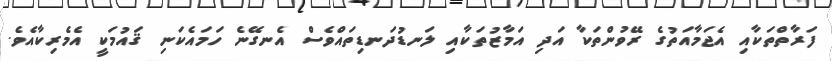
ފަރާތްތަކާއި އެޖަމާއަތުގެ ރޭވުންތަކާ އަދި އަމާޒުތަކާއި ލަނޑުދަނޑިތައްވެސް އެނގޭނެ ހަމައެކަނި ޤައުމަކީ އެމެރިކާއެވެ.